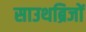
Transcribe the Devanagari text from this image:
साउथब्रिजों